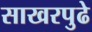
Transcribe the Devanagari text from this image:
साखरपुढे